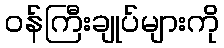
ဝန်ကြီးချုပ်များကို